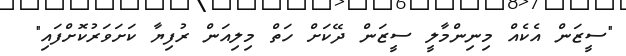
"ސީޒަން އެކެއް މިނިންމާލީ ސީޒަން ދޭކަށް ހަތް މިލިއަން ރުފިޔާ ކަށަވަރުކޮށްފައި"